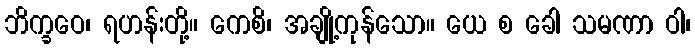
ဘိက္ခဝေ၊ ရဟန်းတို့။ ကေစိ၊ အချို့ကုန်သော။ ယေ စ ခေါ သမဏာ ဝါ၊